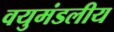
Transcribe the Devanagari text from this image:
वयुमंडलीय